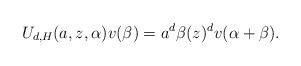
LaTeX: \begin{align*}U_{d,H}(a,z,\alpha)v(\beta)=a^d\beta(z)^dv(\alpha+\beta).\end{align*}